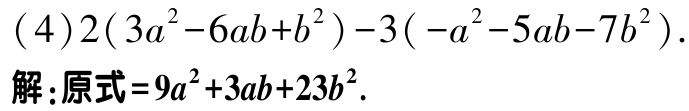
\((4)2(3a^{2}-6ab + b^{2})-3(-a^{2}-5ab - 7b^{2}).\)

解：原式\(=9a^{2}+3ab + 23b^{2}\).